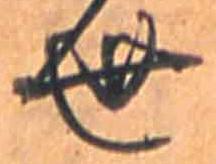
世